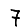
Digit: 7